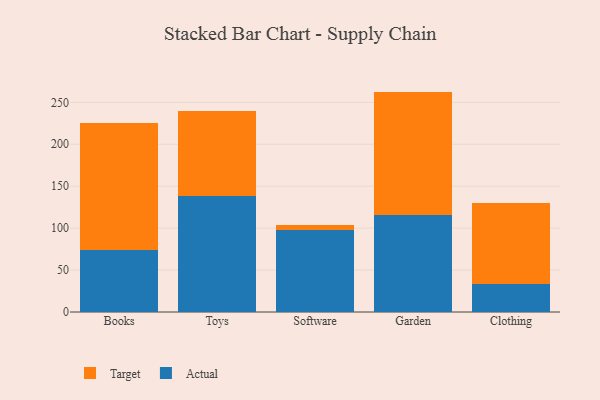
{"axis": {"x": "Category", "y": "Latency (ms)"}, "legend": ["Actual", "Target"], "data": [{"x": "Books", "y": 74.1, "type": "Actual"}, {"x": "Books", "y": 151.7, "type": "Target"}, {"x": "Toys", "y": 138.2, "type": "Actual"}, {"x": "Toys", "y": 101.6, "type": "Target"}, {"x": "Software", "y": 97.8, "type": "Actual"}, {"x": "Software", "y": 5.6, "type": "Target"}, {"x": "Garden", "y": 115.7, "type": "Actual"}, {"x": "Garden", "y": 147.1, "type": "Target"}, {"x": "Clothing", "y": 32.9, "type": "Actual"}, {"x": "Clothing", "y": 96.8, "type": "Target"}]}